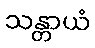
သန္တာယံ